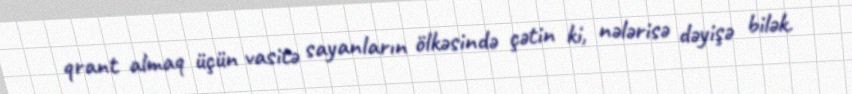
qrant almaq üçün vasitə sayanların ölkəsində çətin ki, nələrisə dəyişə bilək.